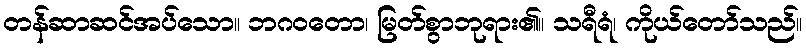
တန်ဆာဆင်အပ်သော။ ဘဂဝတော၊ မြတ်စွာဘုရား၏။ သရီရံ၊ ကိုယ်တော်သည်။